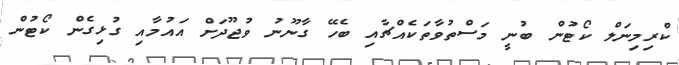
ކްރިމިނަލް ކޯޓުން ބުނީ މަސްތުވާތަކެއްޗާއި ބެހޭ ގާނޫނު ވުޖޫދަށް އައުމާއި ގުޅިގެން ކޯޓުން